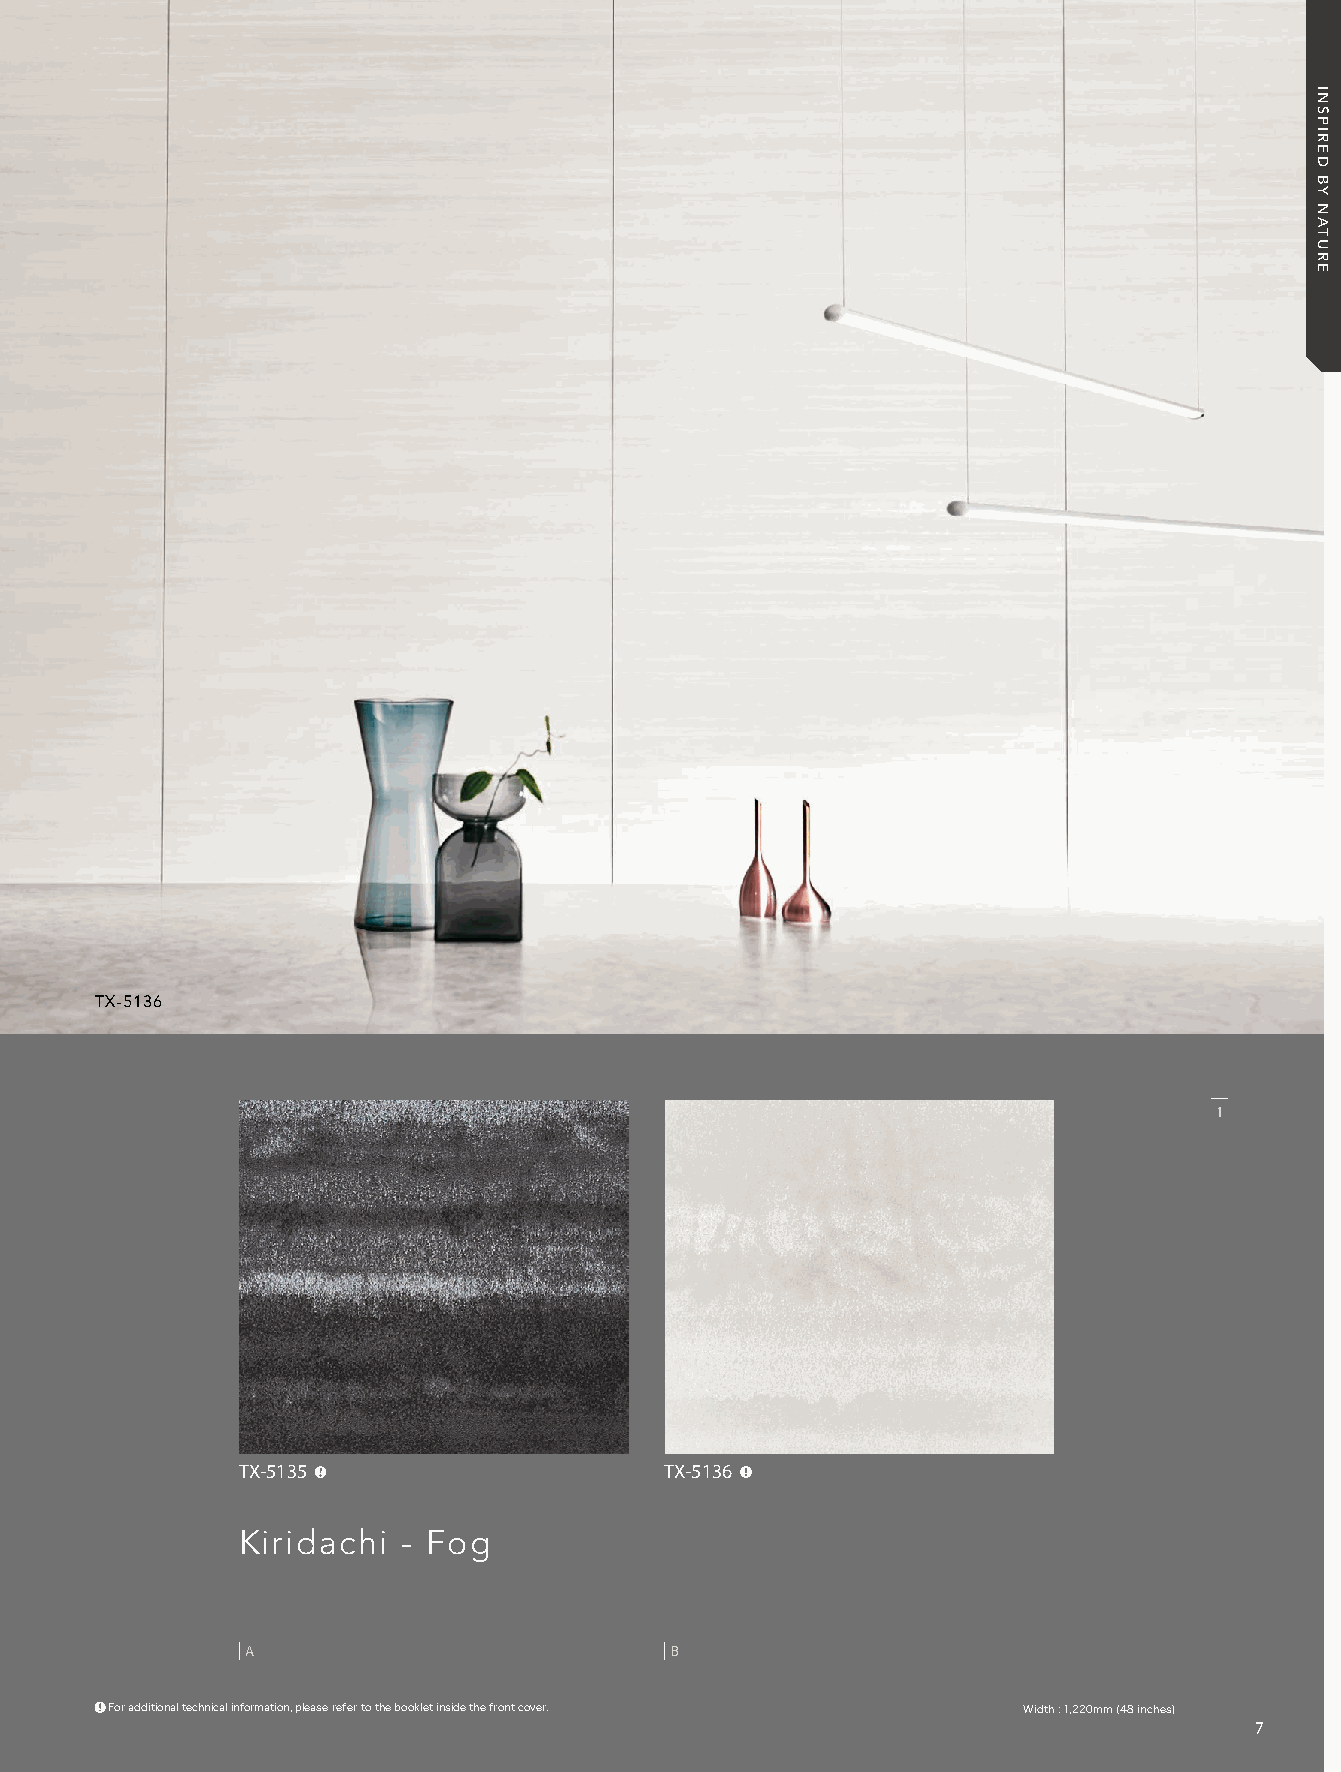
21_REATEC_vol11_P07-C1_KOROSEAL 21/11/16out 🅲🅼🆈🅺
 TX-5136
 1
 TX-5135                     TX-5136
 Kiridachi  - Fog
 A                           B
 For additional technical information, please refer to the booklet inside the front cover. Width : 1,220mm (48 inches)
 7
 INSPIRED
 BY
 NATURE